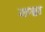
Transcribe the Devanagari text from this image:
रुग्न